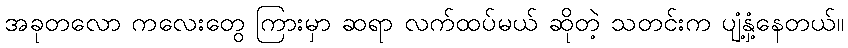
အခုတလော ကလေးတွေ ကြားမှာ ဆရာ လက်ထပ်မယ် ဆိုတဲ့ သတင်းက ပျံ့နှံ့နေတယ်။